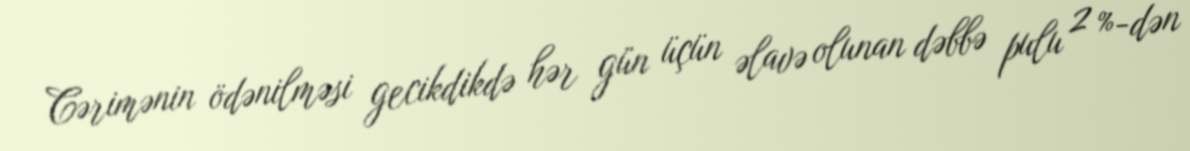
Cərimənin ödənilməsi gecikdikdə hər gün üçün əlavə olunan dəbbə pulu 2 %-dən